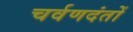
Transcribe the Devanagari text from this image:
चर्वणदंतों